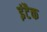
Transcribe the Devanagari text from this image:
इंटैक